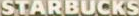
STARBUCKS